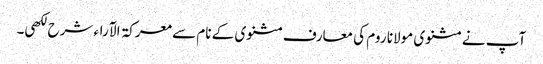
آپ نے مثنوی مولانا روم کی معارف مثنوی کے نام سے معرکۃ الآراء شرح لکھی۔